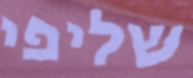
שליפי